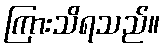
ကြားသိရသည်။